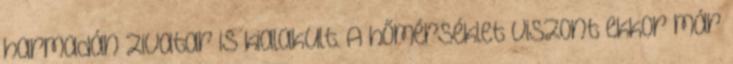
harmadán zivatar is kialakult. A hőmérséklet viszont ekkor már